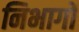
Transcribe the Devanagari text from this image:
निभागों